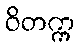
ဝိတက္က